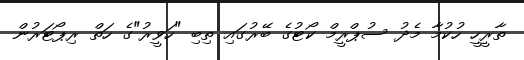
ތާރީހީ ހުކުމާ މެދު ސުޕްރީމް ކޯޓުގެ ބޭރުގައި ތިބި "ހަވީރު"ގެ ހަތް ރިޕޯޓަރުން